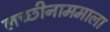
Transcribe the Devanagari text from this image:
लच्छीनाममाला